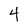
Character: 4